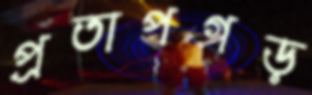
প্রতাপগড়